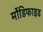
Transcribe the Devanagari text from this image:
र्मोडिफाइड